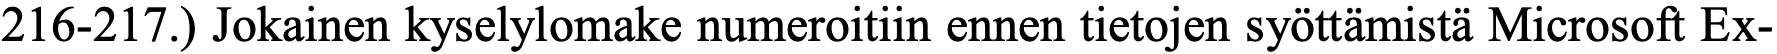
216-217.) Jokainen kyselylomake numeroitiin ennen tietojen syöttämistä Microsoft Ex-